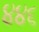
૪૪૬